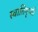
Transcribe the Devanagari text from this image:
स्वातिपृथ्वी